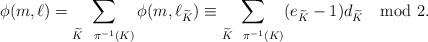
LaTeX: \begin{align*}\phi(m,\ell) = \sum_{\widetilde K \ \ \pi^{-1}(K)} \phi(m, \ell_{\widetilde K}) \equiv \sum_{\widetilde K \ \ \pi^{-1}(K)} (e_{\widetilde K}-1)d_{\widetilde K} \mod 2.\end{align*}